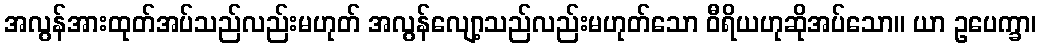
အလွန်အားထုတ်အပ်သည်လည်းမဟုတ် အလွန်လျော့သည်လည်းမဟုတ်သော ဝီရိယဟုဆိုအပ်သော။ ယာ ဥပေက္ခာ၊